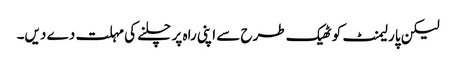
لیکن پارلیمنٹ کو ٹھیک طرح سے اپنی راہ پر چلنے کی مہلت دے دیں۔